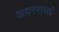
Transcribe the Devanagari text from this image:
अमरभारती